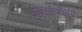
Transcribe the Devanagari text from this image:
मोलवीअब्दुल